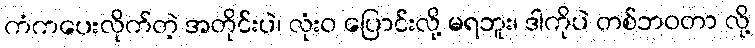
ကံကပေးလိုက်တဲ့ အတိုင်းပဲ၊ လုံးဝ ပြောင်းလို့ မရဘူး၊ ဒါကိုပဲ တစ်ဘဝတာ လို့